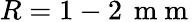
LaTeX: R=1-2\, \mathrm{~m~m~}